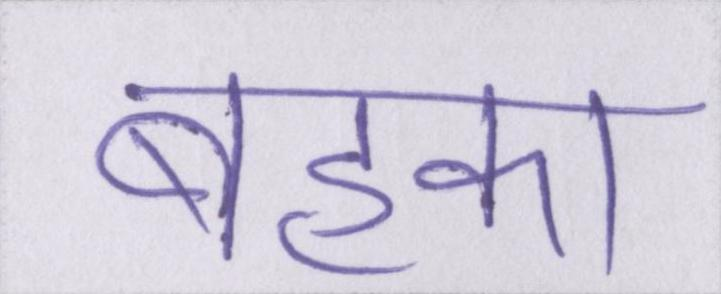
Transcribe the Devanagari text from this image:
बहका